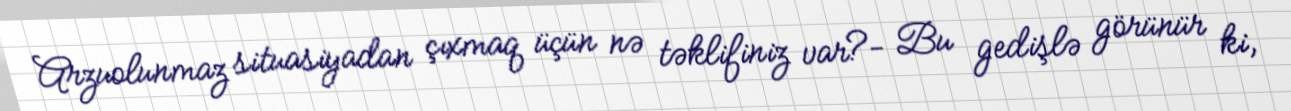
Arzuolunmaz situasiyadan çıxmaq üçün nə təklifiniz var?- Bu gedişlə görünür ki,